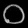
Digit: ၀